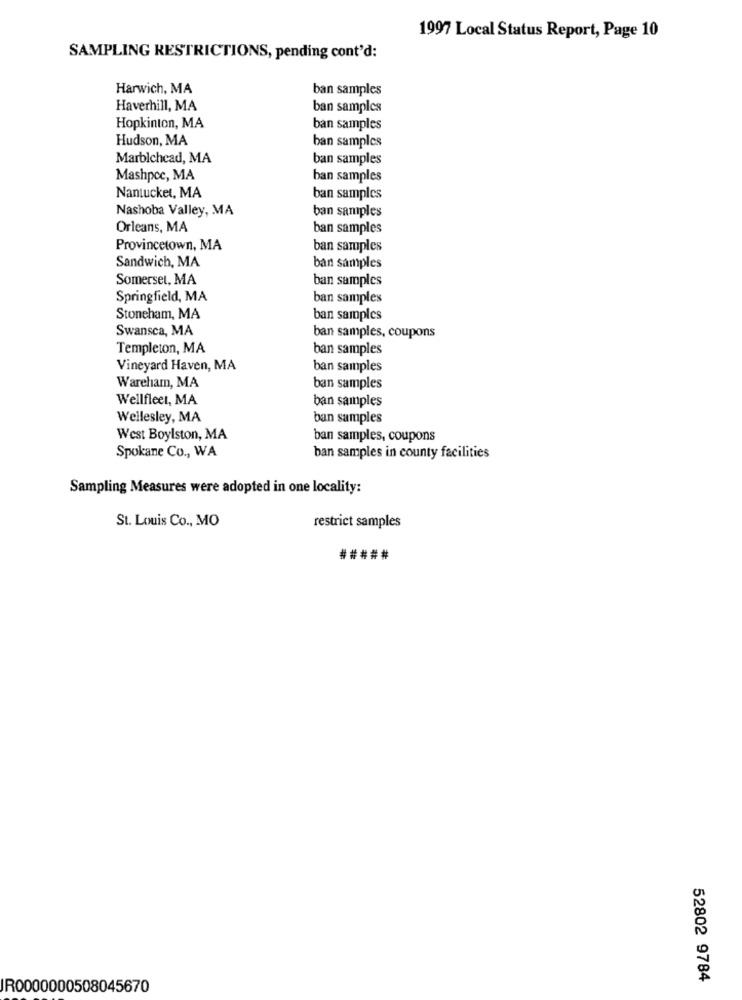
1997 Local Status Report, Page 10
SAMPLING RESTRICTIONS, pending cont'd:
Harwich, MA
ban samples
Haverhill, MA
ban samples
Hopkinton, MA
ban samples
Hudson, MA
ban samples
Marblehead, MA
ban samples
Mashpoc, MA
ban samples
Nantucket, MA
ban samples
Nashoba Valley, MA
ban samples
Orleans, MA
ban samples
Provincetown, MA
ban samples
Sandwich, MA
ban samples
Somerset, MA
ban samples
Springfield, MA
ban samples
Stoneham, MA
ban samples
Swansca, MA
ban samples, coupons
Templeton, MA
ban samples
Vineyard Haven, MA
ban samples
Wareham, MA
ban samples
Wellfleet, MA
ban samples
Wellesley, MA
ban samples
West Boylston, MA
ban samples, coupons
Spokane Co ., WA
ban samples in county facilities
Sampling Measures were adopted in one locality:
St. Louis Co ., MO
restrict samples
#####
52802 9784
IR0000000508045670